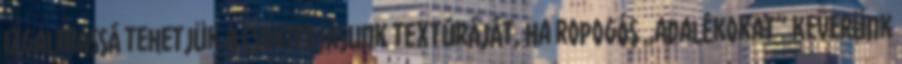
Izgalmassá tehetjük a csokitojásunk textúráját, ha ropogós „adalékokat” keverünk